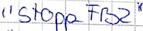
Text: "Stopp_FB2"